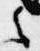
之